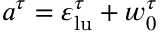
a ^ { \tau } = \varepsilon _ { \mathrm { l u } } ^ { \tau } + w _ { 0 } ^ { \tau }